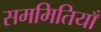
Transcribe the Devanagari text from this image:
सममितियाँ